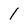
Character: 1